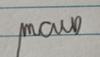
Signature authenticity: genuine